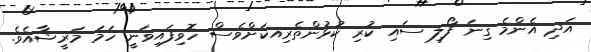
އަދި އެންމެ ގިނަ ފޯލި ސައި ކުރި ކުޅުންތެރިއކަށްވެސް ހޮވިފައިވަނީ ހަމަ މަރީޝާއެވެ.